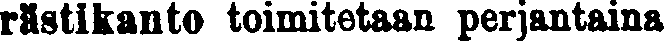
rästikanto toimitetaan perjantaina